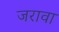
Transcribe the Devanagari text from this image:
जरावा